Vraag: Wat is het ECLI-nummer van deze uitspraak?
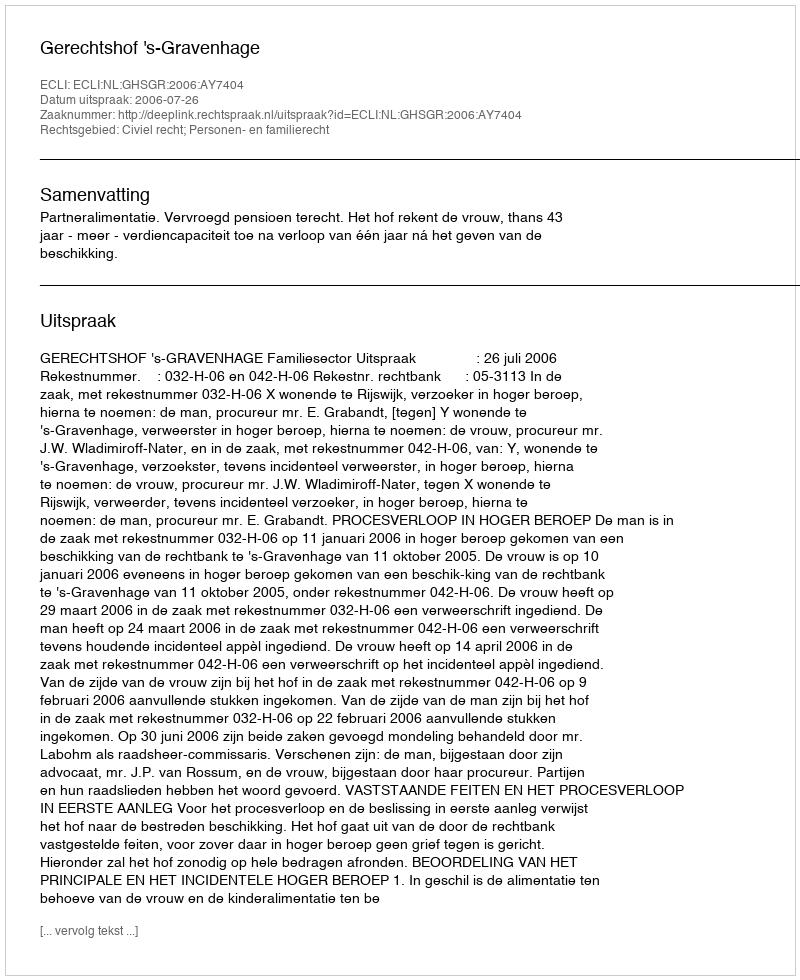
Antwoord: ECLI:NL:GHSGR:2006:AY7404